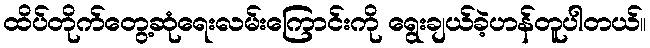
ထိပ်တိုက်တွေ့ဆုံရေးလမ်းကြောင်းကို ရွေးချယ်ခဲ့ဟန်တူပါတယ်။